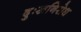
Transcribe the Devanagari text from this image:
दुःखनिरोध